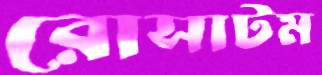
রোসাটম